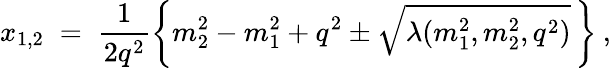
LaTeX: x_{1,2}\; =\; \frac{1}{2q^{2}}\bigg\{ m_{2}^{2}-m_{1}^{2}+q^{2}\pm\sqrt{\lambda(m_{1}^{2},m_{2}^{2},q^{2})}\, \bigg\} \: ,